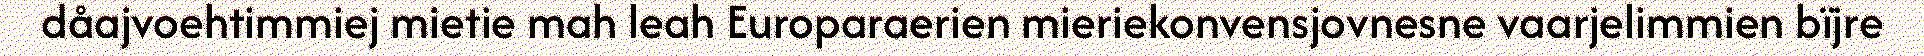
dåajvoehtimmiej mietie mah leah Europaraerien mieriekonvensjovnesne vaarjelimmien bïjre